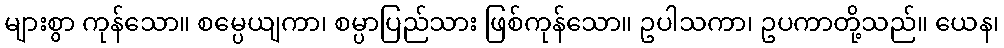
များစွာ ကုန်သော။ စမ္ပေယျကာ၊ စမ္ပာပြည်သား ဖြစ်ကုန်သော။ ဥပါသကာ၊ ဥပကာတို့သည်။ ယေန၊